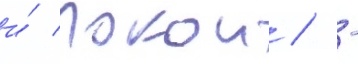
и́ покои / -